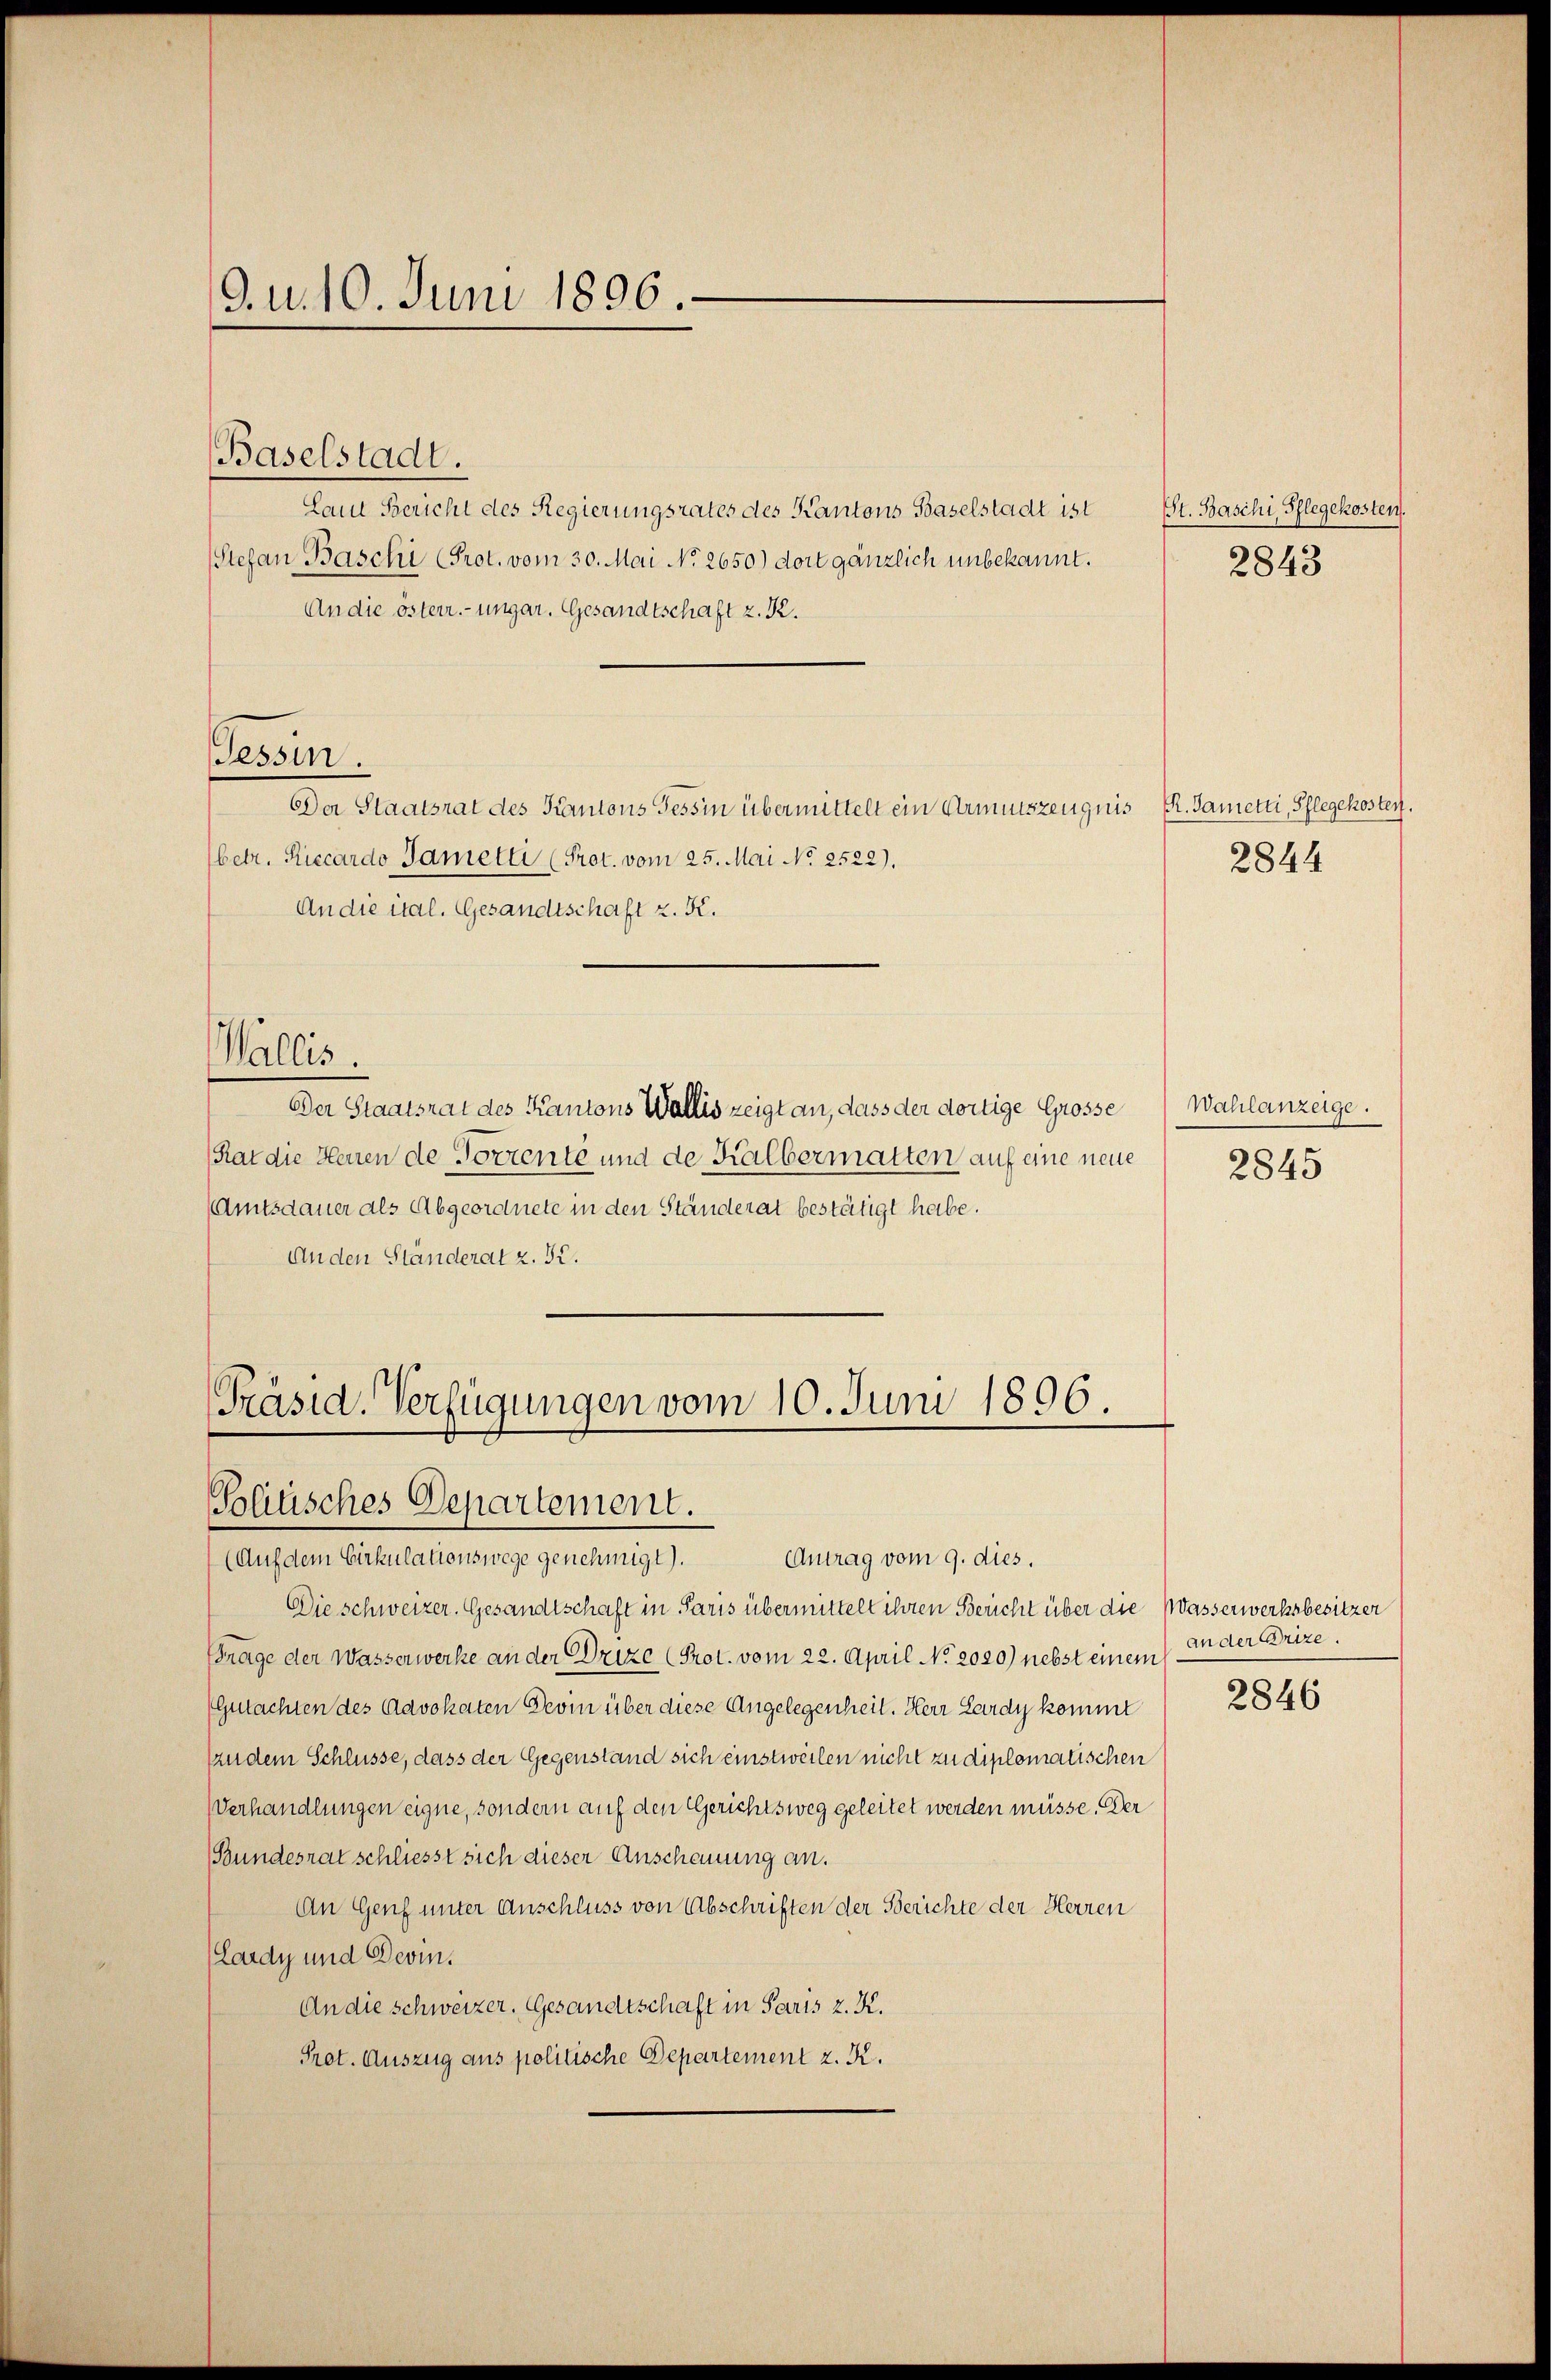
9. d. 10. Juni 1896.

Laut Bericht des Regierungsrates des Kantons Baselstadt ist St. Baschi, Pflegekosten.
Stefan Baschi (Prot. vom 30. Mai No 2650) dort gänzlich unbekannt.
An die österr.-ungar. Gesandtschaft z. R.
Der Staatsrat des Kantons Tessin übermittelt ein Armutszeugnis R. Dametti, Pflegekosten,
betr. Riccardo Tamelli (Prot. vom 25. Mai No 2522).
An die ital. Gesandtschaft z. K.
Wallis.
Der Staatsrat des Kantons Wallis zeigt an, dass der dortige Grosse
(Rat die Heuen de Torrente und de Kalbermatten auf eine neue
Amtsdauer als Abgeordnete in den Ständerat bestätigt habe.
Anden Standerat z. S.

Baselstadt.

Tessin.

[Präsid. Verfügungen vom 10. Juni 1806.
Politisches Departement.

(Auf dem Cirkulationswege genehmigt). Antrag vom 9. dies,
Die schweizer. Gesandtschaft in Paris übermittelt ihren Bericht über die
Frage der Wasserwerke an der Drize (Prot. vom 22. April No 2020) nebst einem
Gutachten des Advokaten Devin über diese Angelegenheit. Herr Lardy kommt
zudem Schlüsse, dass der Gegenstand sich einstweilen nicht zu diplomatischen
Verhandlungen eigne, sondern auf den Gerichtsweg geleitet werden müsse. Der
(Bundesrat schliesst sich dieser Anschauung an.
An Genf unter Anschluss von Abschriften der Berichte der Herren
Lardy und Devin.
An die schweizer. Gesandtschaft in Paris z. K.
Prot. Auszug aus politische Departement z. K.

2843

2844

Wahlanzeige.
2845

Wasserwerksbesitzer
an der Brize.

2846